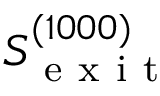
S _ { \mathrm { ~ e ~ x ~ i ~ t ~ } } ^ { ( 1 0 0 0 ) }